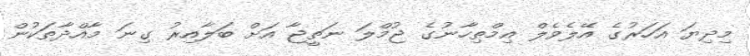
މިދިޔަ އަހަރުގެ އޭލެވެލް އިމްތިހާނުގެ ޖުމްލަ ނަތީޖާ އަށް ބަލާއިރު ގިނަ މާއްދާތަކުން